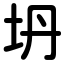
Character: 坍